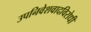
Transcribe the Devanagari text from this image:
उपनिवेशवादविरोधी